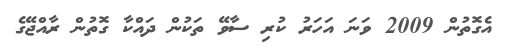
އެގޮތުން 2009 ވަނަ އަހަރު ކުރި ސާވޭ ތަކުން ދައްކާ ގޮތުން ރާއްޖޭގެ